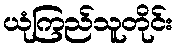
ယုံကြည်သူတိုင်း